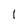
Character: l